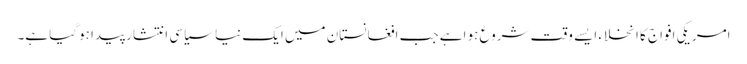
امریکی افواج کا انخلاء ایسے وقت شروع ہو اہے جب افغانستان میں ایک نیا سیاسی انتشار پیدا ہوگیا ہے۔